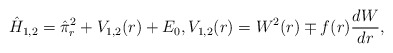
\begin{align*} \hat{H}_{1,2} = \hat{\pi}_r^2 + V_{1,2}(r) + E_0, V_{1,2}(r) = W^2(r) \mp f(r) \frac{dW}{dr}, \end{align*}